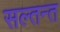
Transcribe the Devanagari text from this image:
सल्तन्त